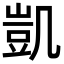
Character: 凱